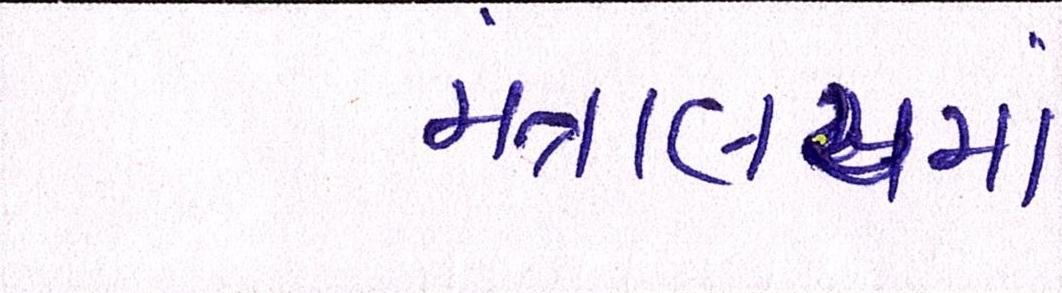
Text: મંત્રાલયમાં